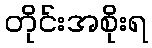
တိုင်းအစိုးရ